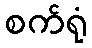
စက်ရုံ